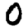
Digit: 0